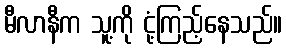
မီလာနီက သူ့ကို ငုံ့ကြည့်နေသည်။